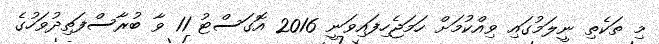
މި ތަކެތި ނީލަމުގައި ވިއްކުމަށް ހަމަޖެހިފައިވަނީ 2016 އޮގަސްޓު 11 ވާ ބުރާސްފަތިދުވަހުގެ